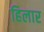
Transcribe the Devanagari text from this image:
हिलार